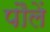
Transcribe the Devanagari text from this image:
पौलें